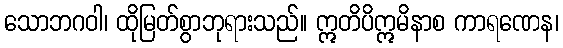
သောဘဂဝါ၊ ထိုမြတ်စွာဘုရားသည်။ ဣတိပိဣမိနာစ ကာရဏေန၊